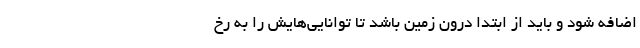
اضافه شود و باید از ابتدا درون زمین باشد تا توانایی‌هایش را به رخ